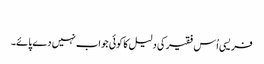
‏
فریسی اُس فقیر کی دلیل کا کوئی جواب نہیں دے پائے۔